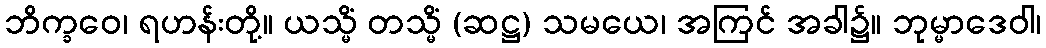
ဘိက္ခဝေ၊ ရဟန်းတို့။ ယသ္မိံ တသ္မိံ (ဆဋ္ဌ) သမယေ၊ အကြင် အခါ၌။ ဘုမ္မာဒေဝါ၊